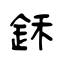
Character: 鉌